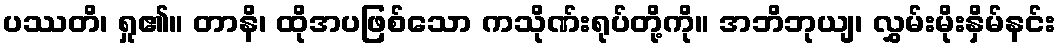
ပဿတိ၊ ရှု၏။ တာနိ၊ ထိုအပဖြစ်သော ကသိုဏ်းရုပ်တို့ကို။ အဘိဘုယျ၊ လွှမ်းမိုးနှိမ်နင်း